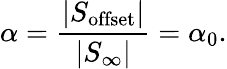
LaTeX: \alpha=\frac{|S_{\mathrm{offset}}|}{|S_{\infty}|}=\alpha_{0}.